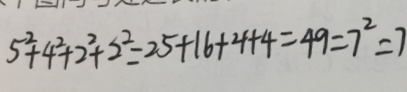
5 ^ { 2 } + 4 ^ { 2 } + 2 ^ { 2 } + 2 ^ { 2 } = 2 5 + 1 6 + 4 + 4 = 4 9 = 7 ^ { 2 } = 7